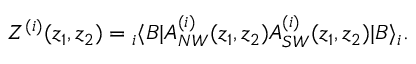
Z ^ { ( i ) } ( z _ { 1 } , z _ { 2 } ) = { } _ { i } \langle B | A _ { N W } ^ { ( i ) } ( z _ { 1 } , z _ { 2 } ) A _ { S W } ^ { ( i ) } ( z _ { 1 } , z _ { 2 } ) | B \rangle _ { i } .